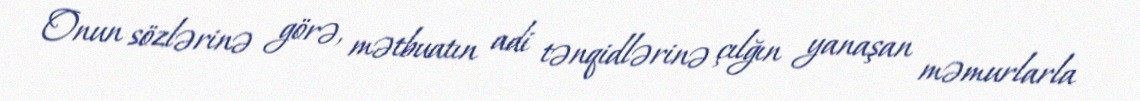
Onun sözlərinə görə, mətbuatın adi tənqidlərinə çılğın yanaşan məmurlarla